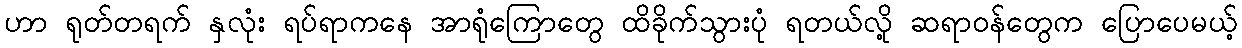
ဟာ ရုတ်တရက် နှလုံး ရပ်ရာကနေ အာရုံကြောတွေ ထိခိုက်သွားပုံ ရတယ်လို့ ဆရာဝန်တွေက ပြောပေမယ့်